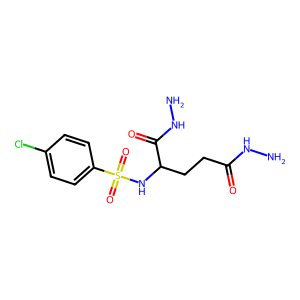
SMILES: NNC(=O)CCC(NS(=O)(=O)c1ccc(Cl)cc1)C(=O)NN
Inhibits HIV replication: No